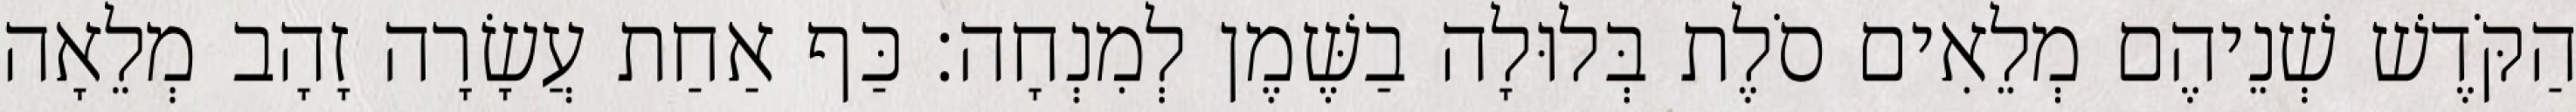
הַקֹּדֶשׁ שְׁנֵיהֶם מְלֵאִים סֹלֶת בְּלוּלָה בַשֶּׁמֶן לְמִנְחָה׃ כַּף אַחַת עֲשָׂרָה זָהָב מְלֵאָה